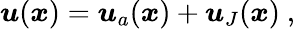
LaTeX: \boldsymbol{u}(\boldsymbol{x})=\boldsymbol{u}_{a}(\boldsymbol{x})+\boldsymbol{u}_{J}(\boldsymbol{x})\ ,